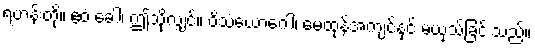
ရဟန်းတို့။ ဧဝံ ခေါ၊ ဤသို့လျှင်။ ဝိသံယောဂေါ၊ မေထုန်အကျင့်နှင့် မယှသ်ခြင်းသည်။